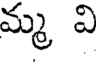
మ్మ వి